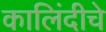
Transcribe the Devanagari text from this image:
कालिंदीचे